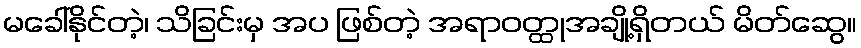
မခေါ်နိုင်တဲ့၊ သိခြင်းမှ အပ ဖြစ်တဲ့ အရာဝတ္ထုအချို့ရှိတယ် မိတ်ဆွေ။